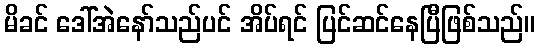
မိခင် ဒေါ်အဲနော်သည်ပင် အိပ်ရင် ပြင်ဆင်နေပြီဖြစ်သည်။